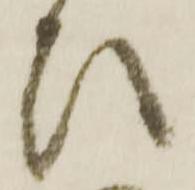
ひ